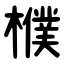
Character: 㯷